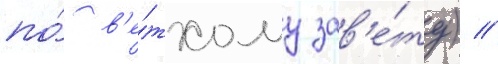
по́ в'е́тхому зав'е́ту) /